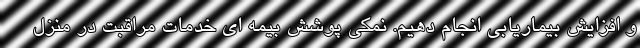
و افزایش بیماریابی انجام دهیم. نمکی پوشش بیمه ای خدمات مراقبت در منزل